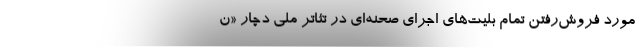
موردِ فروش‌رفتنِ تمام بلیت‌های اجرای صحنه‌ای در تئاتر ملی دچار «ن